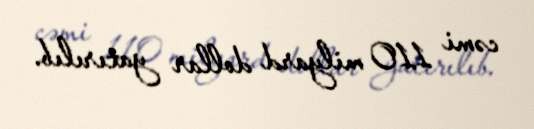
cəmi 110 milyard dollar yatırılıb.